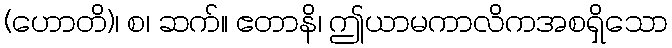
(ဟောတိ)၊ စ၊ ဆက်။ ဧတာနိ၊ ဤယာမကာလိကအစရှိသော